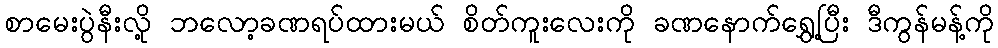
စာမေးပွဲနီးလို့ ဘလော့ခဏရပ်ထားမယ် စိတ်ကူးလေးကို ခဏနောက်ရွှေ့ပြီး ဒီကွန်မန့်ကို